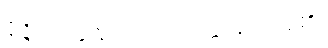
နိဇ္ဇိရဝတ္ထူနိ၊ တို့ကို။ ဝုတ္တာနိ၊ ကုန်၏။